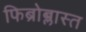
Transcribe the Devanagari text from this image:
फिब्रोब्लास्त